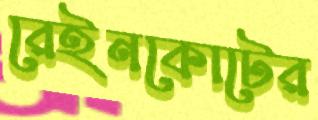
রেইনকোটের